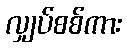
လျှပ်စစ်ကား